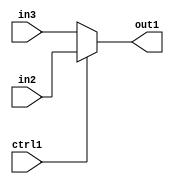
`timescale 1ps / 1ps
/*****************************************************************************
    Verilog RTL Description
    
    
    Created by: CellMath Designer 2019.1.01 
*******************************************************************************/

module avg_pool_N_Muxb_1_2_4_4_1 (
	in3,
	in2,
	ctrl1,
	out1
	); /* architecture "behavioural" */ 
input  in3,
	in2,
	ctrl1;
output  out1;
wire  asc001;

reg [0:0] asc001_tmp_0;
assign asc001 = asc001_tmp_0;
always @ (ctrl1 or in2 or in3) begin
	case (ctrl1)
		1'B1 : asc001_tmp_0 = in2 ;
		default : asc001_tmp_0 = in3 ;
	endcase
end

assign out1 = asc001;
endmodule

/* CADENCE  uLXySAs= : u9/ySgnWtBlWxVPRXgAZ4Og= ** DO NOT EDIT THIS LINE ******/